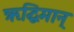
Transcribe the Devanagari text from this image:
ऋद्धिमान्‌